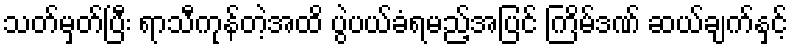
သတ်မှတ်ပြီး ရာသီကုန်တဲ့အထိ ပွဲပယ်ခံရမည့်အပြင် ကြိမ်ဒဏ် ဆယ်ချက်နှင့်